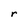
Character: r